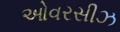
ઓવરસીઝ